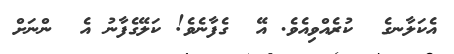
އެކަލާނގެ  ކުރެއްވިއެވެ. އޭ  ގެފާނެވެ! ކަލޭގެފާނު އެ  ންނަށް